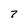
Character: 7